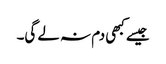
جیسے کبھی دم نہ لے گی۔